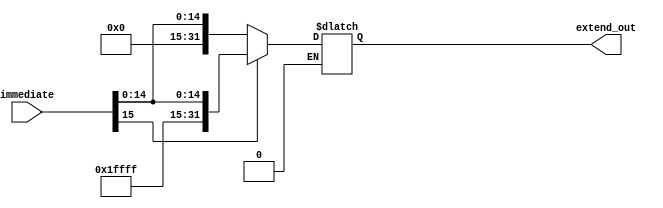
module Sign_Extend(
    //output
    output reg [31:0]extend_out,
    //input
    input [15:0]immediate
);

always @(*) begin
    if(immediate[15] == 0)begin
        extend_out <= {16'd0, immediate};
    end
    else if(immediate[15] == 1)begin
        extend_out <= {16'hFFFF, immediate};
    end
end


endmodule